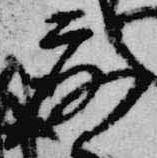
露